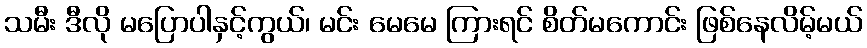
သမီး ဒီလို မပြောပါနှင့်ကွယ်၊ မင်း မေမေ ကြားရင် စိတ်မကောင်း ဖြစ်နေလိမ့်မယ်